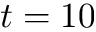
t = 1 0